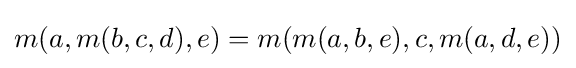
m(a,m(b,c,d),e)=m(m(a,b,e),c,m(a,d,e))